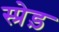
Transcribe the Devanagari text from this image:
स्प्रेड़